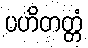
ပဟိတတ္တံ